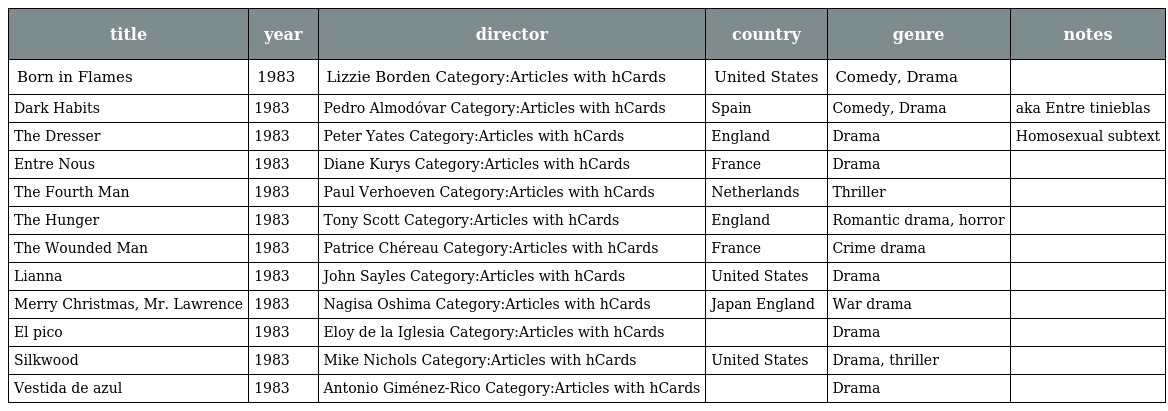
| title | year | director | country | genre | notes |
 | --- | --- | --- | --- | --- | --- |
 | Born in Flames | 1983 | Lizzie Borden Category:Articles with hCards | United States | Comedy, Drama |  |
 | Dark Habits | 1983 | Pedro Almodóvar Category:Articles with hCards | Spain | Comedy, Drama | aka Entre tinieblas |
 | The Dresser | 1983 | Peter Yates Category:Articles with hCards | England | Drama | Homosexual subtext |
 | Entre Nous | 1983 | Diane Kurys Category:Articles with hCards | France | Drama |  |
 | The Fourth Man | 1983 | Paul Verhoeven Category:Articles with hCards | Netherlands | Thriller |  |
 | The Hunger | 1983 | Tony Scott Category:Articles with hCards | England | Romantic drama, horror |  |
 | The Wounded Man | 1983 | Patrice Chéreau Category:Articles with hCards | France | Crime drama |  |
 | Lianna | 1983 | John Sayles Category:Articles with hCards | United States | Drama |  |
 | Merry Christmas, Mr. Lawrence | 1983 | Nagisa Oshima Category:Articles with hCards | Japan England | War drama |  |
 | El pico | 1983 | Eloy de la Iglesia Category:Articles with hCards |  | Drama |  |
 | Silkwood | 1983 | Mike Nichols Category:Articles with hCards | United States | Drama, thriller |  |
 | Vestida de azul | 1983 | Antonio Giménez-Rico Category:Articles with hCards |  | Drama |  |